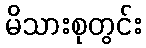
မိသားစုတွင်း